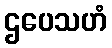
ဌပေသဟံ